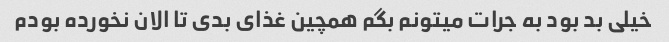
خیلی بد بود به جرات میتونم بگم همچین غذای بدی تا الان نخورده بودم